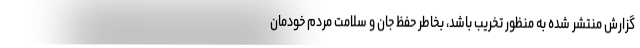
گزارش منتشر شده به منظور تخریب باشد، بخاطر حفظ جان و سلامت مردم خودمان